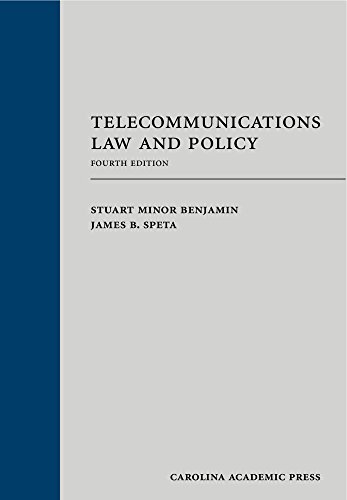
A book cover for Telecommunications Law and Policy, Fourth Edition; Stuart Minor Benjamin; Law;